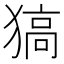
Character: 𤠖